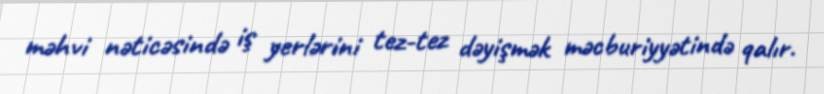
məhvi nəticəsində iş yerlərini tez-tez dəyişmək məcburiyyətində qalır.